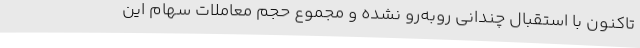
تاکنون با استقبال چندانی روبه‌رو نشده و مجموع حجم معاملات سهام این